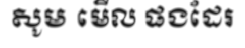
សូម មើល ផងដែរ